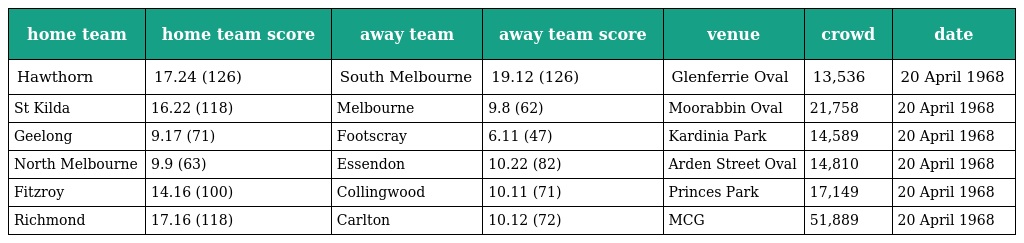
| home team | home team score | away team | away team score | venue | crowd | date |
 | --- | --- | --- | --- | --- | --- | --- |
 | Hawthorn | 17.24 (126) | South Melbourne | 19.12 (126) | Glenferrie Oval | 13,536 | 20 April 1968 |
 | St Kilda | 16.22 (118) | Melbourne | 9.8 (62) | Moorabbin Oval | 21,758 | 20 April 1968 |
 | Geelong | 9.17 (71) | Footscray | 6.11 (47) | Kardinia Park | 14,589 | 20 April 1968 |
 | North Melbourne | 9.9 (63) | Essendon | 10.22 (82) | Arden Street Oval | 14,810 | 20 April 1968 |
 | Fitzroy | 14.16 (100) | Collingwood | 10.11 (71) | Princes Park | 17,149 | 20 April 1968 |
 | Richmond | 17.16 (118) | Carlton | 10.12 (72) | MCG | 51,889 | 20 April 1968 |